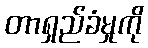
တာရှည်ခံမှုကို